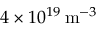
4 \times 1 0 ^ { 1 9 } \, \mathrm { m } ^ { - 3 }